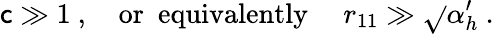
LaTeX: \mathsf{c}\gg1\ ,\ \ \ \ \mathrm{{or\ \ equivalently}}\ \ \ \ \ r_{11}\gg\sqrt{}{{\alpha_{h}^{\prime}}}\ .